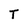
Character: T